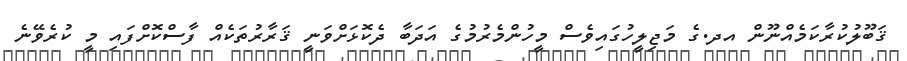
ޤަބޫލުކުރާކަމެއްނޫން އދ.ގެ މަޖިލީހުގައިވެސް މީހުންމެރުމުގެ އަދަބާ ދެކޮޅަށްވަނީ ޤަރާރުތަކެއް ފާސްކޮށްފައި މީ ކުރެވޭނެ